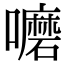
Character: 嚰